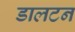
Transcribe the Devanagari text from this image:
डालटन